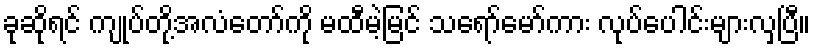
ခုဆိုရင် ကျုပ်တို့အလံတော်ကို မထီမဲ့မြင် သရော်မော်ကား လုပ်ပေါင်းများလှပြီ။